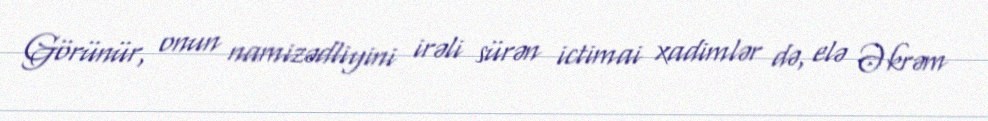
Görünür, onun namizədliyini irəli sürən ictimai xadimlər də, elə Əkrəm